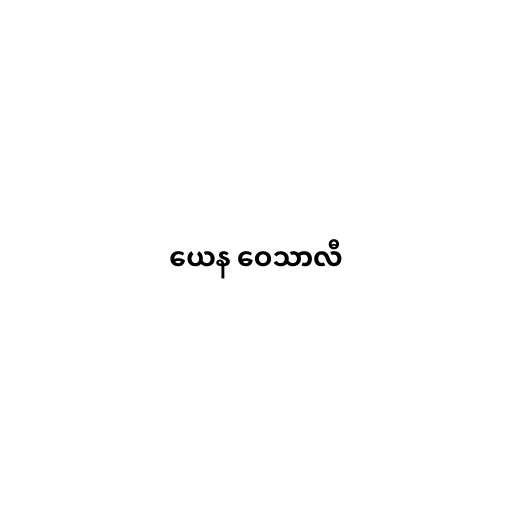
ယေန ဝေသာလီ